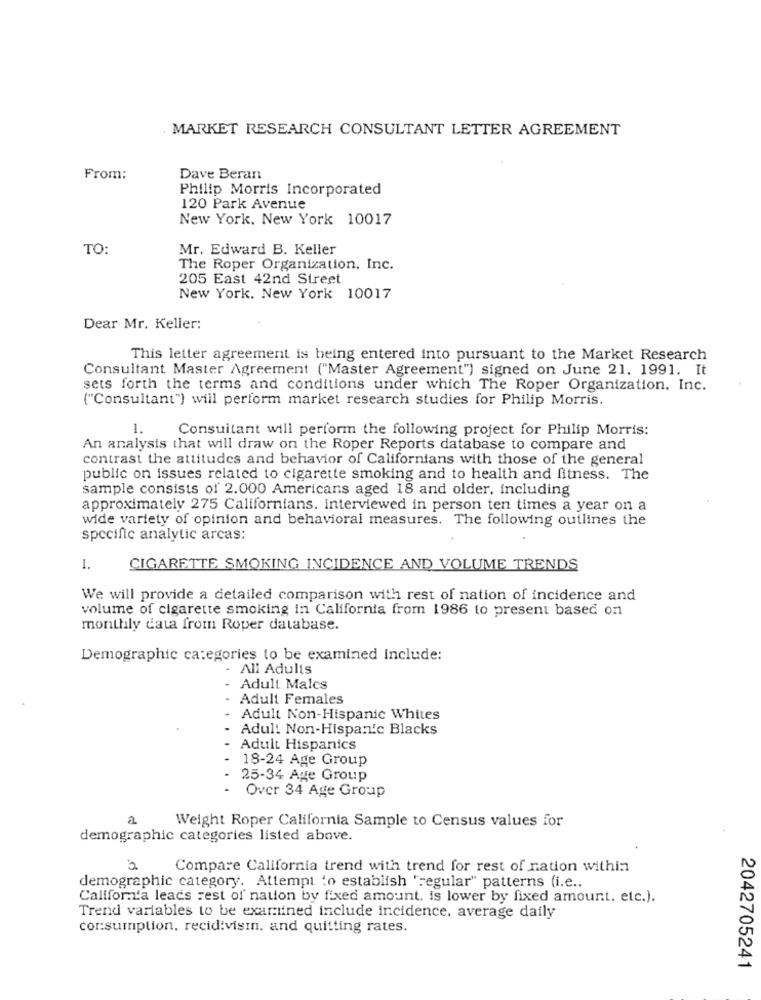
. MARKET RESEARCH CONSULTANT LETTER AGREEMENT
From:
Dave Beran
Philip Morris Incorporated
120 Park Avenue
New York, New York 10017
TO:
Mr. Edward B. Keller
The Roper Organization, Inc.
205 East 42nd Street
New York, New York 10017
Dear Mr. Keller:
This letter agreement is being entered into pursuant to the Market Research
Consultant Master Agreement ("Master Agreement") signed on June 21. 1991. It
sets forth the terms and conditions under which The Roper Organization, Inc.
("Consultant") will perform market research studies for Philip Morris.
1.
Consuitant will perform the following project for Philip Morris:
An analysis that will draw on the Roper Reports database to compare and
contrast the attitudes and behavior of Californians with those of the general
public on issues related to cigarette smoking and to health and fitness. The
sample consists of 2.000 Americans aged 18 and older, including
approximately 275 Californians. interviewed in person ten times a year on a
wide variety of opinion and behavioral measures. The following outlines the
specific analytic arcas:
1.
CIGARETTE SMOKING INCIDENCE AND VOLUME TRENDS
We will provide a detailed comparison with rest of nation of incidence and
volume of cigarette smoking in California from 1986 to present based on
monthly data from Roper database.
Demographic categories to be examined include:
- All Adults
Adult Malcs
Adult Females
Adult Non-Hispanic Whites
Adul! Non-Hispan'c Blacks
Adult Hispanics
18-24 Age Group
25-34 Age Group
Over 34 Age Group
2
Weight Roper California Sample to Census values for
demographic categories listed above.
Compare California trend with trend for rest of nation within
demographic category. Attempt to establish 'regular" patterns (i.e ..
Caliform'a leads rest of nation by fixed amount, is lower by fixed amount. etc.).
Trend variables to be examined include incidence, average daily
consumption, recidivisin. and quitting rates.
2042705241